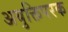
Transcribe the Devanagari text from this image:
अयुक्तिपरक